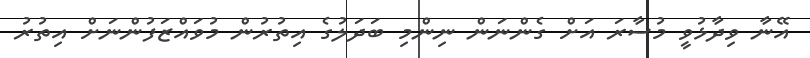
އޭނާ ވިދާޅުވީ މުސާރަ އަށް ގެންނަން ނިންމި ބަދަލުގެ އިތުރުން މުވައްޒަފުންނަށް އިތުރު